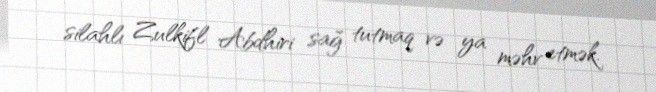
silahlı Zulkifl Abdhiri sağ tutmaq və ya məhv etmək.